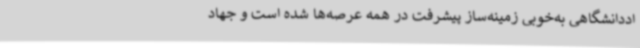
اددانشگاهی به‌خوبی زمینه‌ساز پیشرفت در همه عرصه‌ها شده است و جهاد